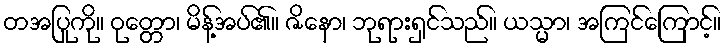
တအပြုကို။ ဝုတ္တော၊ မိန့်အပ်၏။ ဇိနော၊ ဘုရားရှင်သည်။ ယသ္မာ၊ အကြင်ကြောင့်။